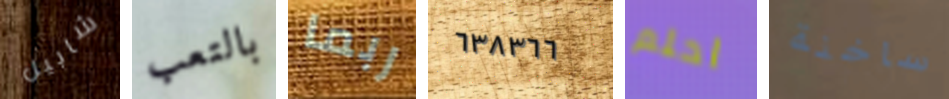
شابيل بالتعب ربما ٦٣٨٣٦٦ احلم ساخنة